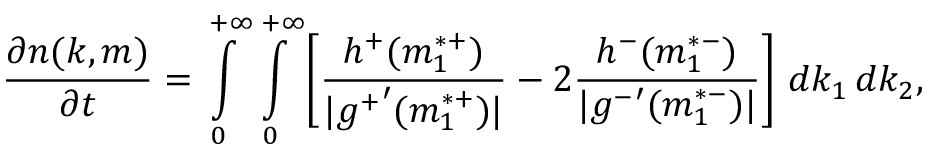
\frac { \partial n ( k , m ) } { \partial t } = \int _ { 0 } \displaylimits ^ { + \infty } \int \displaylimits _ { 0 } ^ { + \infty } \left[ \frac { h ^ { + } ( m _ { 1 } ^ { * + } ) } { | { g ^ { + } } ^ { \prime } ( m _ { 1 } ^ { * + } ) | } - 2 \frac { h ^ { - } ( m _ { 1 } ^ { * - } ) } { | { g ^ { - } } ^ { \prime } ( m _ { 1 } ^ { * - } ) | } \right] \, d k _ { 1 } \, d k _ { 2 } ,